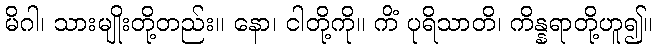
မိဂါ၊ သားမျိုးတို့တည်း။ နော၊ ငါတို့ကို။ ကိံ ပုရိသာတိ၊ ကိန္နရာတို့ဟူ၍။